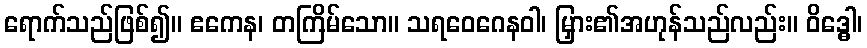
ရောက်သည်ဖြစ်၍။ ဧကေန၊ တကြိမ်သော။ သရဝေဂေနဝါ၊ မြှား၏အဟုန်သည်လည်း။ ဝိဒ္ဓေါ၊